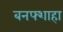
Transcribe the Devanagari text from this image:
बनफ्शाहा